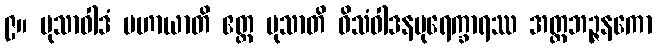
၉။ မုသာဝါဒံ ပဟာယာတိ ဧတ္ထ မုသာတိ ဝိသံဝါဒနပုရေက္ခာရဿ အတ္ထဘဉ္ဇနကော